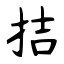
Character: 拮